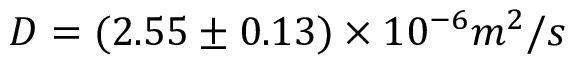
D = ( 2 . 5 5 \pm 0 . 1 3 ) \times 1 0 ^ { - 6 } m ^ { 2 } / s